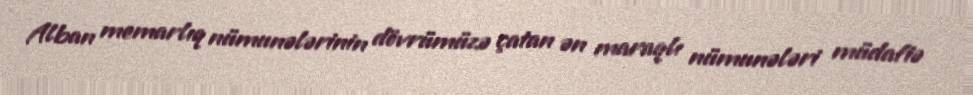
Alban memarlıq nümunələrinin dövrümüzə çatan ən maraqlı nümunələri müdafiə